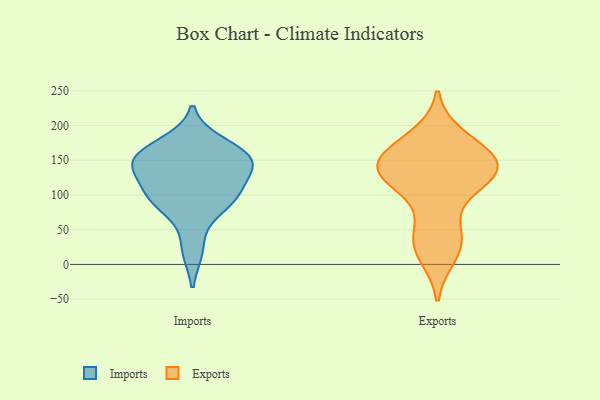
{"axis": {"x": "Population (Million)", "y": "Value"}, "legend": ["Exports", "Imports"], "data": [{"x": "", "y": 159, "type": "Imports"}, {"x": "", "y": 149, "type": "Imports"}, {"x": "", "y": 92, "type": "Imports"}, {"x": "", "y": 146, "type": "Imports"}, {"x": "", "y": 89, "type": "Imports"}, {"x": "", "y": 22, "type": "Imports"}, {"x": "", "y": 142, "type": "Imports"}, {"x": "", "y": 93, "type": "Imports"}, {"x": "", "y": 111, "type": "Imports"}, {"x": "", "y": 173, "type": "Imports"}, {"x": "", "y": 147, "type": "Imports"}, {"x": "", "y": 142, "type": "Exports"}, {"x": "", "y": 116, "type": "Exports"}, {"x": "", "y": 150, "type": "Exports"}, {"x": "", "y": 182, "type": "Exports"}, {"x": "", "y": 137, "type": "Exports"}, {"x": "", "y": 15, "type": "Exports"}, {"x": "", "y": 131, "type": "Exports"}, {"x": "", "y": 35, "type": "Exports"}, {"x": "", "y": 168, "type": "Exports"}, {"x": "", "y": 136, "type": "Exports"}, {"x": "", "y": 166, "type": "Exports"}, {"x": "", "y": 126, "type": "Exports"}, {"x": "", "y": 53, "type": "Exports"}, {"x": "", "y": 28, "type": "Exports"}, {"x": "", "y": 129, "type": "Exports"}]}